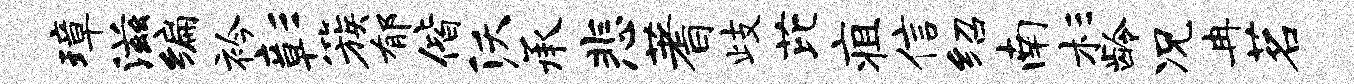
璋滋编衿彰簇郁偕沃承悲蓍歧芘疽信绍南杉龄况冉茗